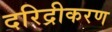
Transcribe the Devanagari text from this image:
दरिद्रीकरण